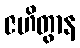
ဇဟိတွာန